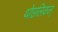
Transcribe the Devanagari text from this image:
थोछलिकल्